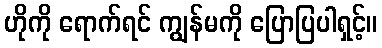
ဟိုကို ရောက်ရင် ကျွန်မကို ပြောပြပါရှင့်။